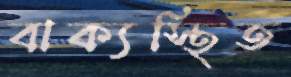
বাক্যস্থিত